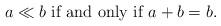
LaTeX: \begin{align*}a \ll b \textrm{ if and only if } a + b = b.\end{align*}